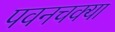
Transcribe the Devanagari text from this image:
पवनचक्या